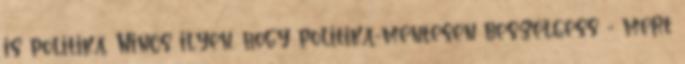
is politika. Nincs ilyen, hogy politika-mentesen beszélgess - mert